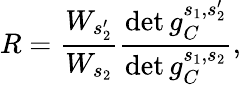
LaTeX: R=\frac{W_{s_{2}^{\prime}}}{W_{s_{2}}}\frac{\operatorname*{det}g_{C}^{s_{1},s_{2}^{\prime}}}{\operatorname*{det}g_{C}^{s_{1},s_{2}}},